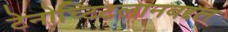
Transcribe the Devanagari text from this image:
टेनोच्टिटलानबद्दल